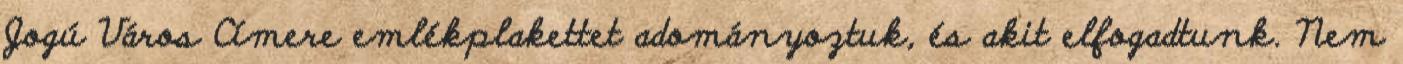
Jogú Város Címere emlékplakettet adományoztuk, és akit elfogadtunk. Nem